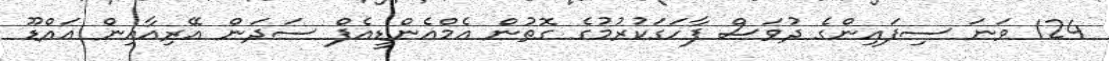
124 ވަނަ ސިފައިންގެ ދުވަސް ފާހަގަކުރުމުގެ ގޮތުން އެމްއެންޑީއެފް ސަދަން އޭރިއާއިން އައްޑޫ